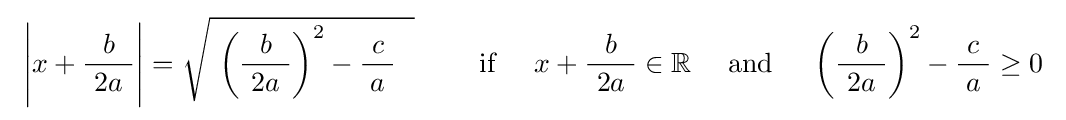
\ {\Biggl |}x+{\frac {b}{\ 2a\ }}{\Biggr |}={\sqrt {\ \left({\frac {b}{\ 2a\ }}\right)^{2}-{\frac {\ c\ }{a}}~~}}\qquad \mathrm {~if~} \quad x+{\frac {b}{\ 2a\ }}\in \mathbb {R} \quad \mathrm {~and~} \quad \left({\frac {b}{\ 2a\ }}\right)^{2}-{\frac {\ c\ }{a}}\geq 0~